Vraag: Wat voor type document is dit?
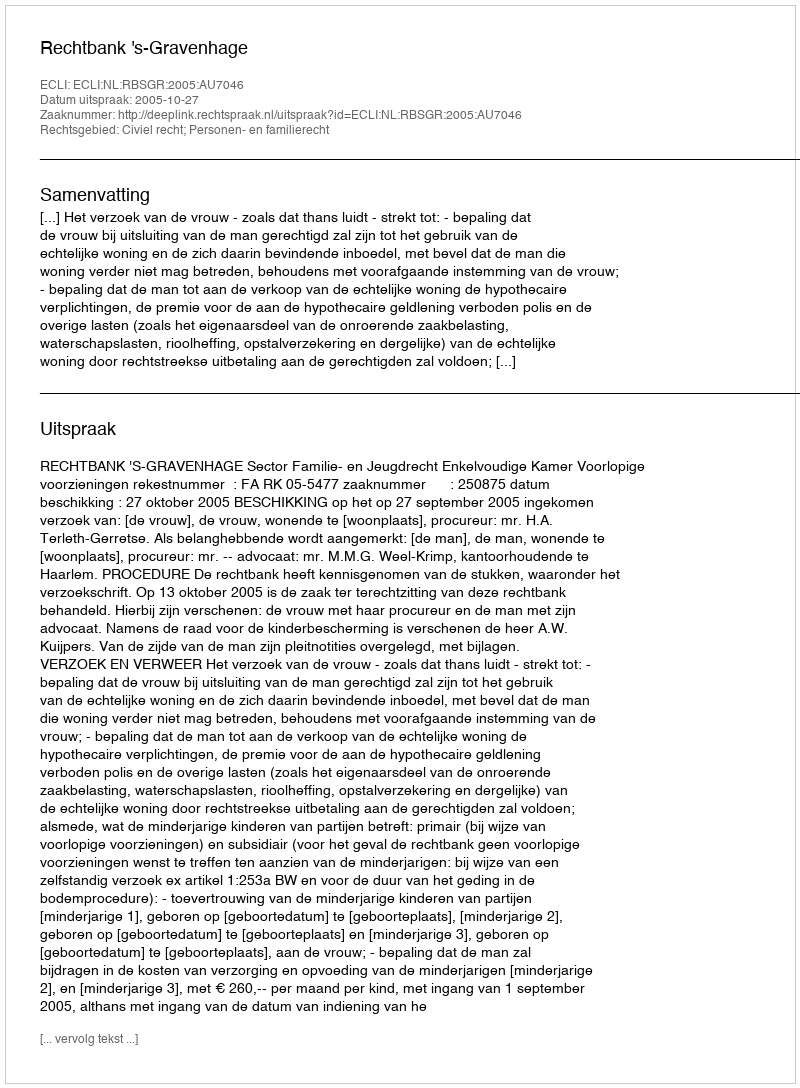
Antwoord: Uitspraak